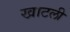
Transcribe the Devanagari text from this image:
खाटली